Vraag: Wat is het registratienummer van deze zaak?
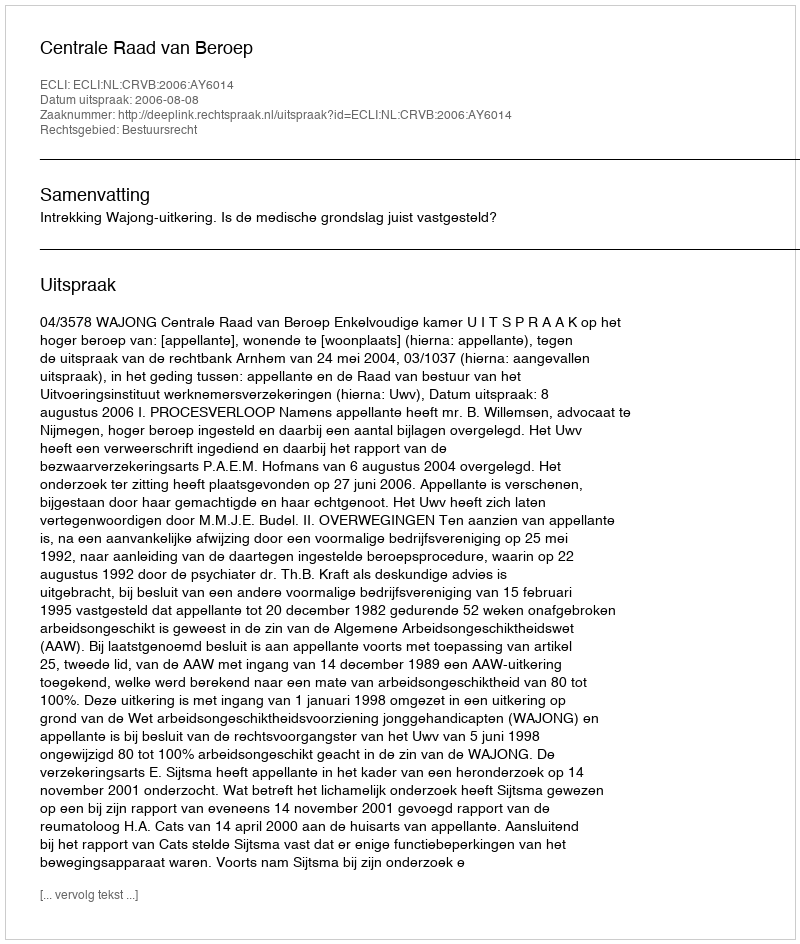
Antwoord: http://deeplink.rechtspraak.nl/uitspraak?id=ECLI:NL:CRVB:2006:AY6014